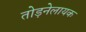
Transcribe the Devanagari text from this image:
तोड़नेलायक